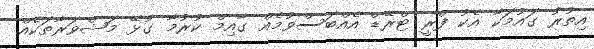
އިތުރު ގައުމަކާ އެކު ފްރީ ޓްރޭޑް އެއްބަސްވުމެއް ގާއިމް ކުރުމާ ގުޅޭ މަޝްވަރާތަކެއް